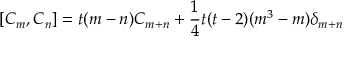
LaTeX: [ C _ { m } , C _ { n } ] = t ( m - n ) C _ { m + n } + \frac { 1 } { 4 } t ( t - 2 ) ( m ^ { 3 } - m ) \delta _ { m + n }